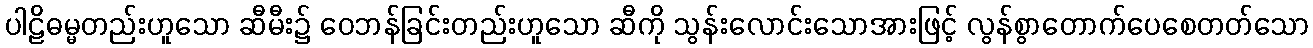
ပါဠိဓမ္မတည်းဟူသော ဆီမီး၌ ဝေဘန်ခြင်းတည်းဟူသော ဆီကို သွန်းလောင်းသောအားဖြင့် လွန်စွာတောက်ပေစေတတ်သော